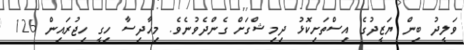
ވަލީދު ބިން ޔަޒީދުގެ އިސްތަށިކޮޅު ދިމިޝްގަށް ގެންދެވުނެވެ. މިހާދިސާ ހިގީ ހިޖުރައިން 126